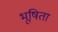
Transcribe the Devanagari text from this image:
भूषिता